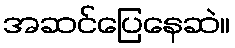
အဆင်ပြေနေဆဲ။